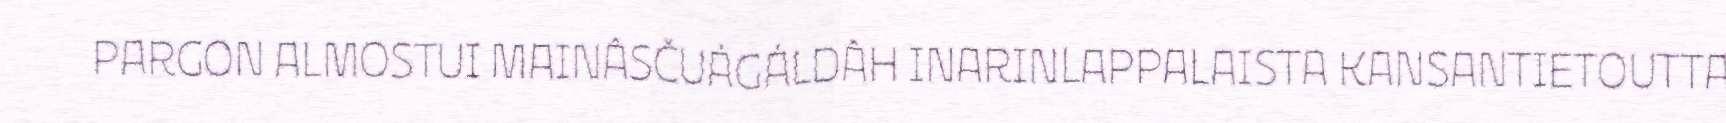
PARGON ALMOSTUI MAINÂSČUÁGÁLDÂH INARINLAPPALAISTA KANSANTIETOUTTA